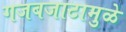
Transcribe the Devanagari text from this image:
गजबजाटामुळे